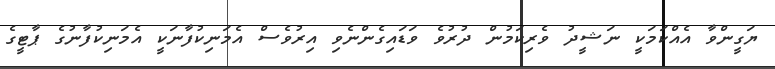
ޔަގީންވާ އެއްކަމަކީ ނަޝީދު ވެރިކަމުން ދުރުވެ ވަޑައިގެންނެވި އިރުވެސް އެމަނިކުފާނަކީ އެމަނިކުފާނުގެ ޕާޓީގެ